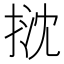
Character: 𢭽